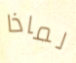
لماذا